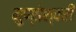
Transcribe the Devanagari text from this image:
मुण्डेश्वरी